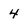
Character: 4